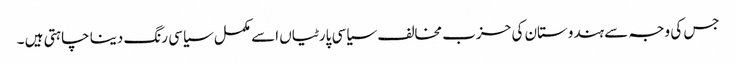
جس کی وجہ سے ہندوستان کی حزب مخالف سیاسی پارٹیاں اسے مکمل سیاسی رنگ دینا چاہتی ہیں ۔